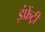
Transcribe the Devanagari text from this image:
इंफ्रेंट्री